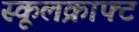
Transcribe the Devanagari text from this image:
स्कूलक्राफ्ट